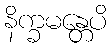
နိက္ခမန္တေပိ